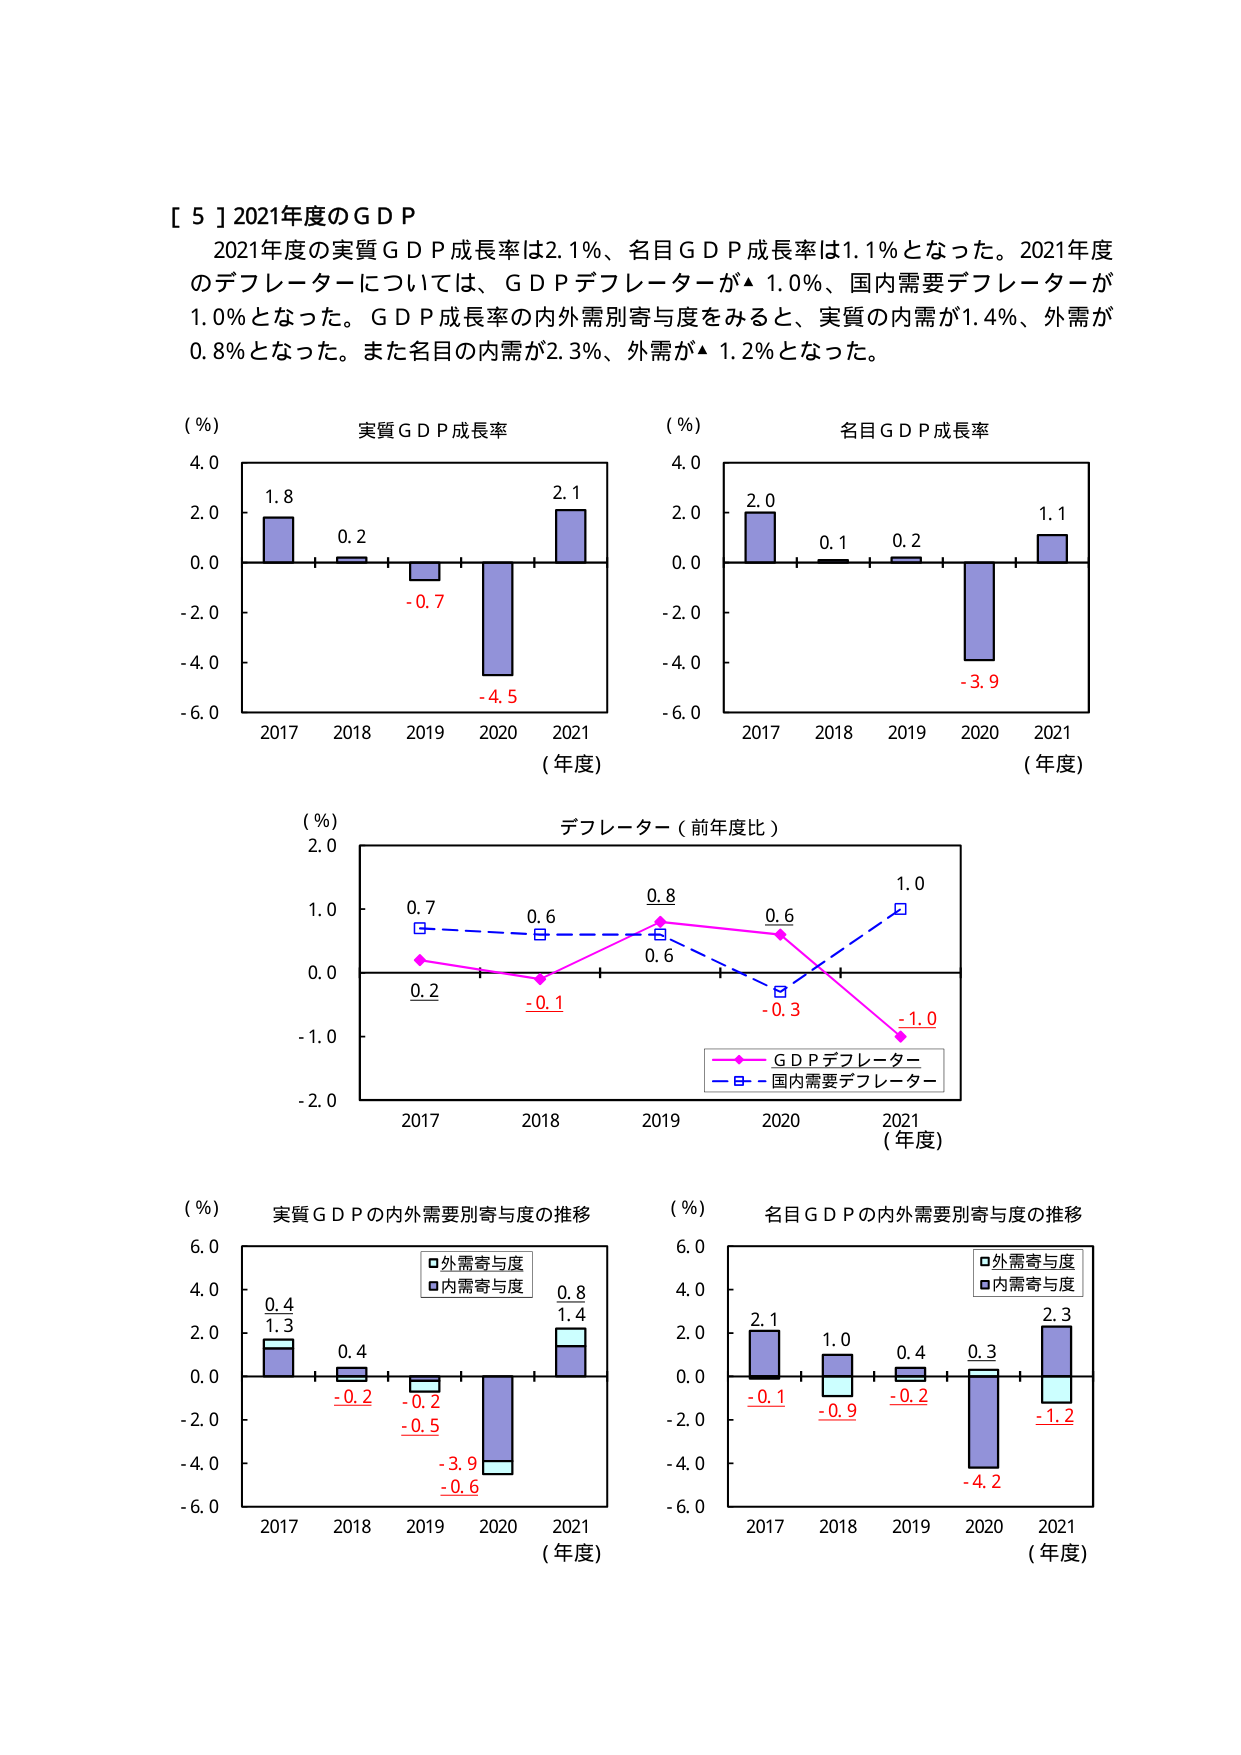
[ 5 ] 2021年度のＧＤＰ
2021年度の実質ＧＤＰ成長率は2.1％、名目ＧＤＰ成長率は1.1％となった。2021年度のデフレーターについては、ＧＤＰデフレーターが▲1.0％、国内需要デフレーターが1.0％となった。ＧＤＰ成長率の内外需別寄与度をみると、実質の内需が1.4％、外需が0.8％となった。また名目の内需が2.3％、外需が▲1.2％となった。

(％)
実質ＧＤＰ成長率
4.0
2.0
0.0
-2.0
-4.0
-6.0
1.8
0.2
-0.7
-4.5
2.1
2017 2018 2019 2020 2021
(年度)

(％)
名目ＧＤＰ成長率
4.0
2.0
0.0
-2.0
-4.0
-6.0
2.0
0.1
0.2
-3.9
1.1
2017 2018 2019 2020 2021
(年度)

(％)
デフレーター（前年度比）
2.0
1.0
0.0
-1.0
-2.0
0.7
0.6
0.8
0.6
1.0
0.2
-0.1
-0.3
-1.0
2017 2018 2019 2020 2021
(年度)
ＧＤＰデフレーター
国内需要デフレーター

(％)
実質ＧＤＰの内外需要別寄与度の推移
6.0
4.0
2.0
0.0
-2.0
-4.0
-6.0
0.4
1.3
0.4
-0.2
-0.5
-3.9
-0.6
0.8
1.4
2017 2018 2019 2020 2021
(年度)
外需寄与度
内需寄与度

(％)
名目ＧＤＰの内外需要別寄与度の推移
6.0
4.0
2.0
0.0
-2.0
-4.0
-6.0
2.1
-0.1
1.0
-0.9
0.4
-0.2
0.3
-4.2
2.3
-1.2
2017 2018 2019 2020 2021
(年度)
外需寄与度
内需寄与度